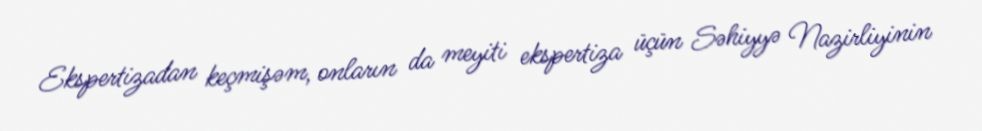
Ekspertizadan keçmişəm, onların da meyiti ekspertiza üçün Səhiyyə Nazirliyinin